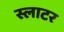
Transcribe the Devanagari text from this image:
स्लाटर